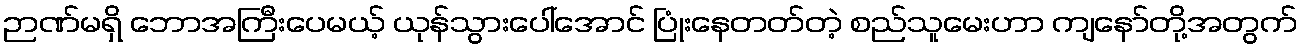
ဉာဏ်မရှိ ဘောအကြီးပေမယ့် ယုန်သွားပေါ်အောင် ပြုံးနေတတ်တဲ့ စည်သူမေးဟာ ကျနော်တို့အတွက်